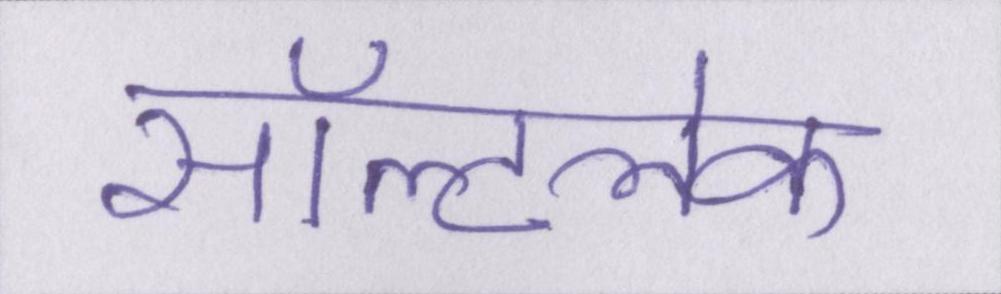
सॉल्टलेक